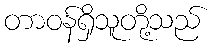
တာဝန်ရှိသူတို့သည်